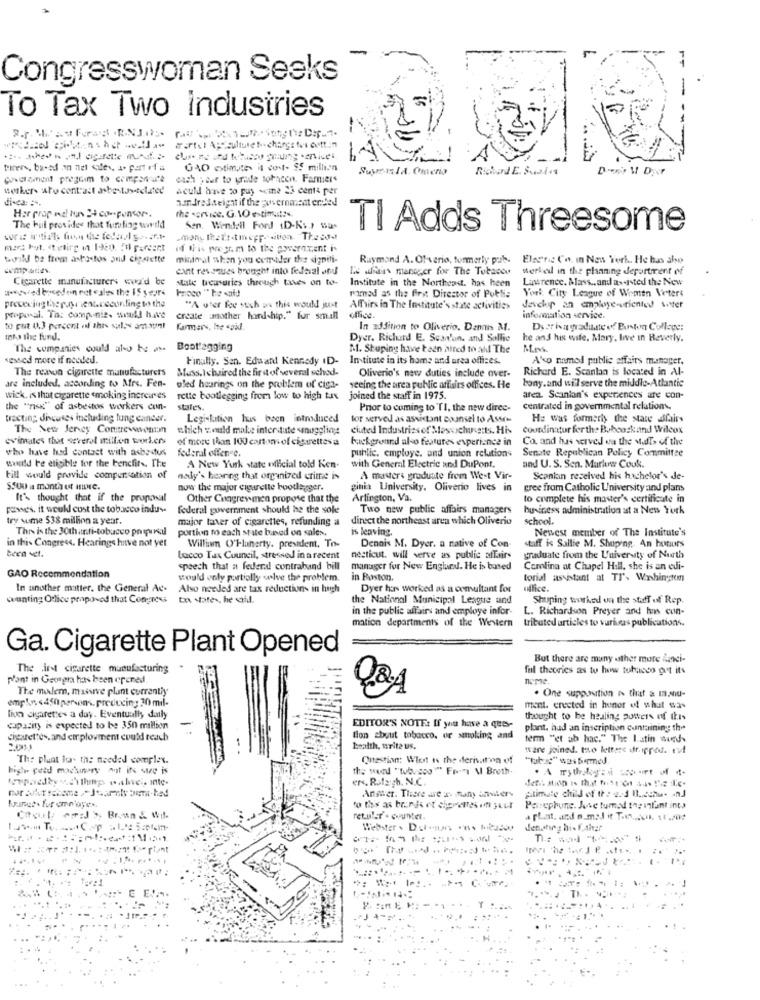
Congresswoman Seeks
To Tax Two Industries
010 otimates it cost- $5 million
Supers/A. Oneria
powerament pregoim to componcure
each year to pride tohacen. Farmers
werker- ato contrast asbestos-telated
Aculd have to puy seme 23 cents per
divea: :.
3.andredseight if the government ended
the service. G. 10 estimutNs.
Her prop vedl tous 24 co-sponsor.
The Hill provides that furling wwwwild
Sen. Wendell Ford (D-Ks.) sus
TI Adds Threesome
if this wogr. m to the powerevent is
would be from aspostos and cigarette
minimal when you consider the sizpili-
Raymond A. Of-vario, formerly pub.
Elagric Co. In Now 'Terk. He hans also
cant revenues brought into federal and
Le fais manager for The Tobacco
werkel in the planning department of
Cigarette manufacturers eui'd be
state treasuries through taxes on to-
Institute in the Northeast. has heen
Lawrence. Mass .. and assisted the New
wwwwed boredon ret cales the IS seyre
York City League of Women Viters
named as the first Director of Publis
prececing the payment.ceconfing to the
"A user fee stoch on this would just
Alfirs in The Institute's state activities
daschp an employe-oriented winter
proposal. Tas compunie, would have
create mother hord-hip." fur small
office.
information service.
farmers, he said.
In addition to Oliverio. Dans M.
Deringraduate of Boston College:
Into the fund.
Dyer. Richard E. Sca'on, and Sollie
he and his wife, Mary, live in Beverly.
The companies could also be as-
Bootlagging
M. Stuping have teen hired to ahl The
Mrs.
sessed more if needed.
Finally. Sen. Edward Kennedy ID-
Institute in its home and area offizes.
Ako mmed public affairs manager.
The reason cigarette manufacturers
Muss.Ichaired the first of several schod-
Oliverio's new duties include over-
Richard E. Scantan is located in Al-
are included, according to Mrs. Fen-
tony.and will serve the middle-Atlantic
oled hourings on the problem of ciga-
seeing the area public affairs offices. He
wick, is that cigarette smoking increases
rette bootlegging from low to high tur
joined the staff in 1975
aren. Scanian's experiences are con-
the "risk." of asbestos workers con-
states.
Prior to coming to TI, the new direc-
Centrated in governmental relations.
tracting discutes including lung cancer.
Legislation hus been introduced
tor served as assistant counsel to Assets
He was formerly the state dfairs
The New Jersey Contreveentmn
which would make interstate smuggling
ciuted Industries of Massachusetts. His
cousdinatur fer the Babcockand Wilcox
cvimales that several million workers
of more than 100 carton of cigarettes a
background also features experience in
Co. and hus served wa the wafts of the
who have had contact with asbadtus
federal offene.
public, employe, and union relations
Senate Republican Policy Committee
would be eligible for the benefits. The
A New York state official told Ken.
with General Electric and DuPont.
and U. S. Sen. Marlow Couk.
till would provide compensation of
nady's hearing that organized crime is
A masters graduate from West Vir-
Scanlan received his hachelor's de-
now the major cigarette bootlegger.
ginia University. Oliverio lives in
gree from Catholic University and plans
It's thought that if the proposal
Other Congrewmen propose that the
Arlington, Va.
to complete his master's certificate in
powses. it would cust the tobacco indus-
federal government should he the sole
Two new public affairs managers
business administration at a New York
try wume 538 million a year.
major taxer of cigarettes, refunding a
direct the northeast area which Oliverio
school.
This is the 30thanti-tobacco popunal
portion to each state baned on sales.
is leaving.
Newest member of The Institute's
in this Congress. Hearings have not yet
Dennis M. Dyer. a native of Con-
William O'Planerty. president. To-
staff is Sallie M. Shuping. An hours
teen vet.
tocco Tax Council, stressed in a recent
nesticut. will serve as public affairs
graduate from the University of North
speech that a federal contraband bill
manager for New England. He is based
Comlina at Chapel Hill, she is an edi-
GAO Recommendation
would only partially solve the problem.
in Boston,
torial assistant at Tr'. Washington
In another matter. the General Ac-
Also needed are tax reductions in high
Dyer has worked as a comultant for
office.
counting Otlice propoved that Congress
the National Municipal League and
Shuping worked on the staff of Rep.
in the public affairs and employe infor-
L. Richardson Preyer and hans con-
mation departments of the Western
tributed urticles to varias publications.
Ga. Cigarette Plant Opened
But there are many other more &akci-
The first cigarette manufacturing
ful theories as to how tobacco get its
N'ont in Geogra has been opened
neme.
The madlem, massive plant currently
. One supposition a tief & m.su-
emphon <450 persons. preducing 30 mil-
ment. erected in honor of what was
lion cigarettes a day. Eventually daily
thought to be healing potters of this
capacity is expected to be 350 million
EDITOR'S NOTE: If you have a quese
plant. had an inscription containing the
cigarettes. and cirplovment could reach
tion about tobacco. or smoking and
ferm "et ab hac." The Latin wieds
health, write us.
ware joined. two letters dr.prod. ruf
The plant ha- th: needed complex.
Question: Wlot is the deriv.then of
"tb:" "Di bemed
high- peld machinery auf ifs wie is
the word "tubesog "" From M Broth.
ers. Rafayh. N.C.
Answer. There are as many amiter-
Persephunc. Juve tummed the infant into
Is ToCop1:55Pm
Mentsog hi-f.ahar
..
..
.. H .